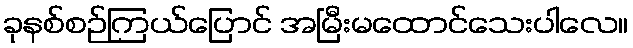
ခုနစ်စဉ်ကြယ်ပြောင် အမြီးမထောင်သေးပါလေ။